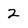
Character: 2